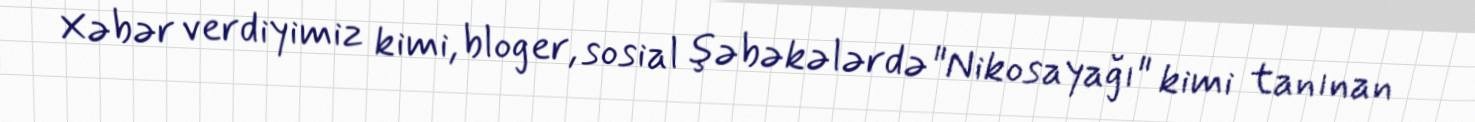
Xəbər verdiyimiz kimi, bloger, sosial şəbəkələrdə "Nikosayağı" kimi tanınan